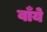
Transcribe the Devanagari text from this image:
वाँये